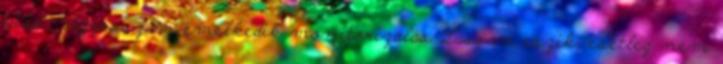
tüdő , légzésszám emelkedik monitorizálás Lassan eszik, esetleg nem